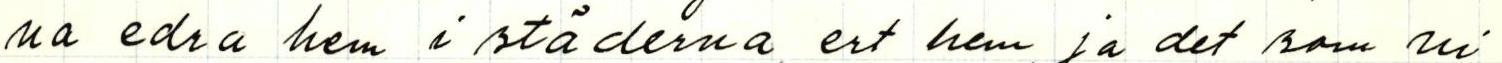
na edra hem i stå derna, ert hem, ja det som ni